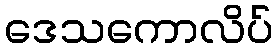
ဒေသကောလိပ်